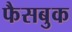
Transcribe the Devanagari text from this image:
फैसबुक